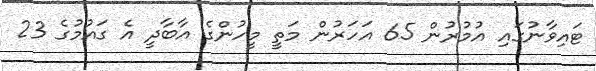
ޓައިވާނުގައި އުމުރުން 65 އަހަރުން މަތީ މީހުންގެ އާބާދީ އެ ގައުމުގެ 23